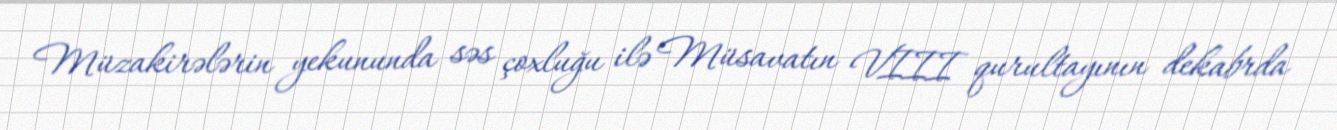
Müzakirələrin yekununda səs çoxluğu ilə Müsavatın VIII qurultayının dekabrda